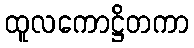
ထူလကောဋ္ဌိတကာ